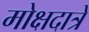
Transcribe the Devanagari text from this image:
मोक्षदात्रे